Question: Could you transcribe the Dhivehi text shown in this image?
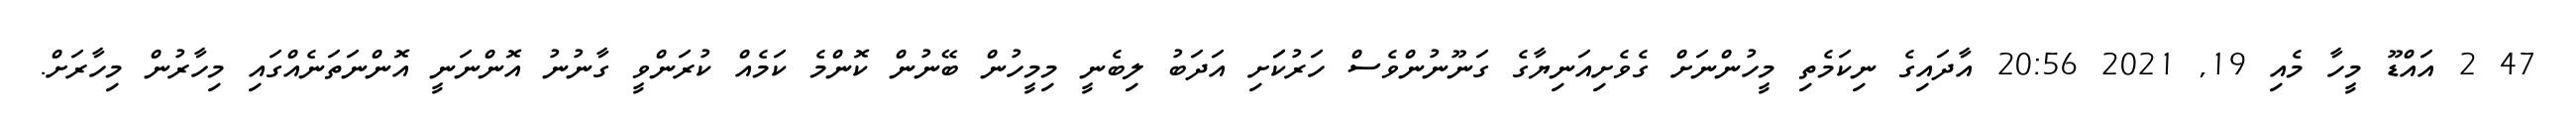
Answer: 47 2 އައްޑޫ މީހާ މެއި 19, 2021 20:56 އާދައިގެ ނިކަމެތި މީހުންނަށް ގެވެށިއަނިޔާގެ ގަނޫނުންވެސް ހަރުކަަށި އަދަބު ލިބެނީ މިމީހުން ބޭނުން ކޮންމެ ކަމެއް ކުރަންވީ ގާނުނު އޮންނަނީ އޮންނަތަނެއްގައި މިހާރުން މިހާރަށް.